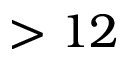
> 1 2